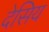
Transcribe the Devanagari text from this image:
देसिय